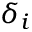
\delta _ { i }